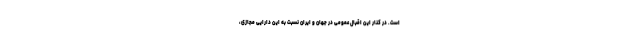
است. در کنار این اقبال عمومی در جهان و ایران نسبت به این دارایی مجازی،